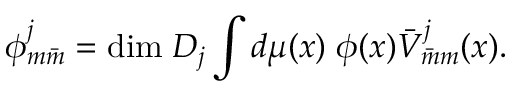
\phi _ { m \bar { m } } ^ { j } = \mathrm { d i m } \; D _ { j } \int d \mu ( x ) \; \phi ( x ) \bar { V } _ { \bar { m } m } ^ { j } ( x ) .